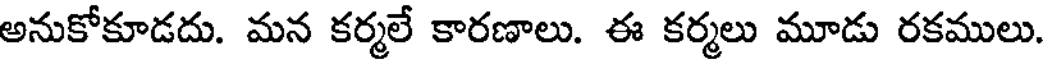
అనుకోకూడదు. మన కర్మలే కారణాలు. ఈ కర్మలు మూడు రకములు.